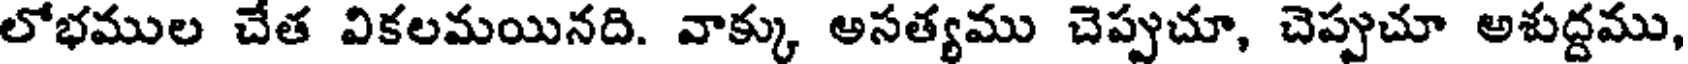
లోభముల చేత వికలమయినది. వాక్కు అసత్యము చెప్పుచూ, చెప్పుచూ అశుద్దము,